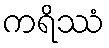
ကရိဿံ